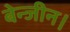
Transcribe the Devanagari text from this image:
बेन्जीन।